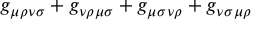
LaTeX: g _ { \mu \rho } \L _ { \nu \sigma } + g _ { \nu \rho } \L _ { \mu \sigma } + g _ { \mu \sigma } \L _ { \nu \rho } + g _ { \nu \sigma } \L _ { \mu \rho }